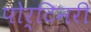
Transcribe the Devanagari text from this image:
पोर्टिनरी